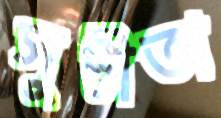
সুচীতা